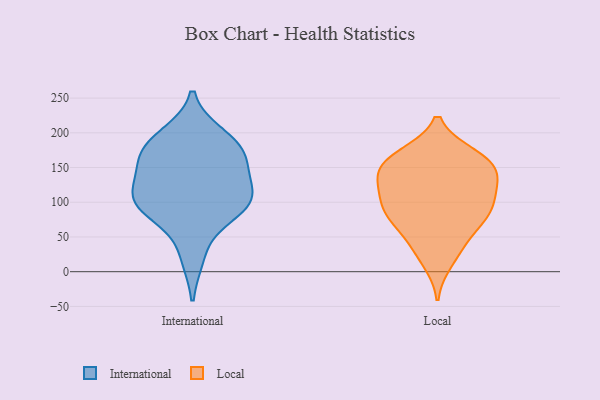
{"axis": {"x": "Revenue (USD Million)", "y": "Value"}, "legend": ["International", "Local"], "data": [{"x": "", "y": 23, "type": "International"}, {"x": "", "y": 94, "type": "International"}, {"x": "", "y": 133, "type": "International"}, {"x": "", "y": 166, "type": "International"}, {"x": "", "y": 100, "type": "International"}, {"x": "", "y": 89, "type": "International"}, {"x": "", "y": 181, "type": "International"}, {"x": "", "y": 195, "type": "International"}, {"x": "", "y": 106, "type": "International"}, {"x": "", "y": 152, "type": "International"}, {"x": "", "y": 178, "type": "International"}, {"x": "", "y": 103, "type": "International"}, {"x": "", "y": 78, "type": "Local"}, {"x": "", "y": 77, "type": "Local"}, {"x": "", "y": 121, "type": "Local"}, {"x": "", "y": 149, "type": "Local"}, {"x": "", "y": 14, "type": "Local"}, {"x": "", "y": 162, "type": "Local"}, {"x": "", "y": 136, "type": "Local"}, {"x": "", "y": 97, "type": "Local"}, {"x": "", "y": 91, "type": "Local"}, {"x": "", "y": 36, "type": "Local"}, {"x": "", "y": 164, "type": "Local"}, {"x": "", "y": 144, "type": "Local"}, {"x": "", "y": 76, "type": "Local"}, {"x": "", "y": 91, "type": "Local"}, {"x": "", "y": 120, "type": "Local"}, {"x": "", "y": 43, "type": "Local"}, {"x": "", "y": 168, "type": "Local"}, {"x": "", "y": 164, "type": "Local"}, {"x": "", "y": 126, "type": "Local"}]}